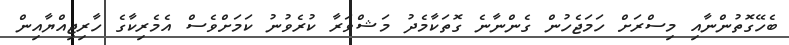
ބެހޭގޮތުންނާއި މިސްރަށް ހަމަޖެހުން ގެންނާނެ ގޮތަކާމެދު މަޝްވަރާ ކުރެވުނު ކަމަށްވެސް އެމެރިކާގެ ހާރިޖިއްޔާއިން